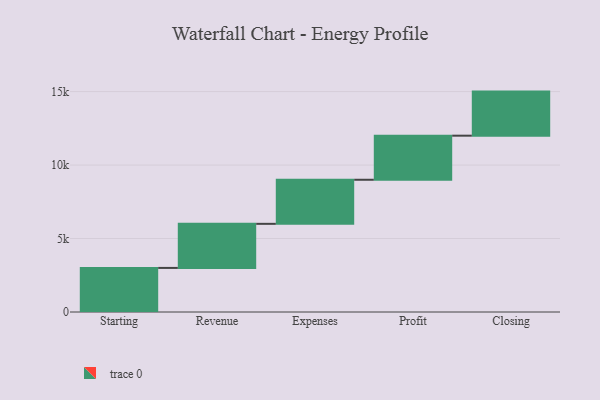
{"axis": {"x": "Step", "y": "Value"}, "legend": [""], "data": [{"x": "Starting", "y": 3000, "type": ""}, {"x": "Revenue", "y": 3000, "type": ""}, {"x": "Expenses", "y": 3000, "type": ""}, {"x": "Profit", "y": 3000, "type": ""}, {"x": "Closing", "y": 3000, "type": ""}]}